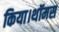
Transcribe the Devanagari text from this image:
किया।थॉमस